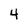
Character: 4